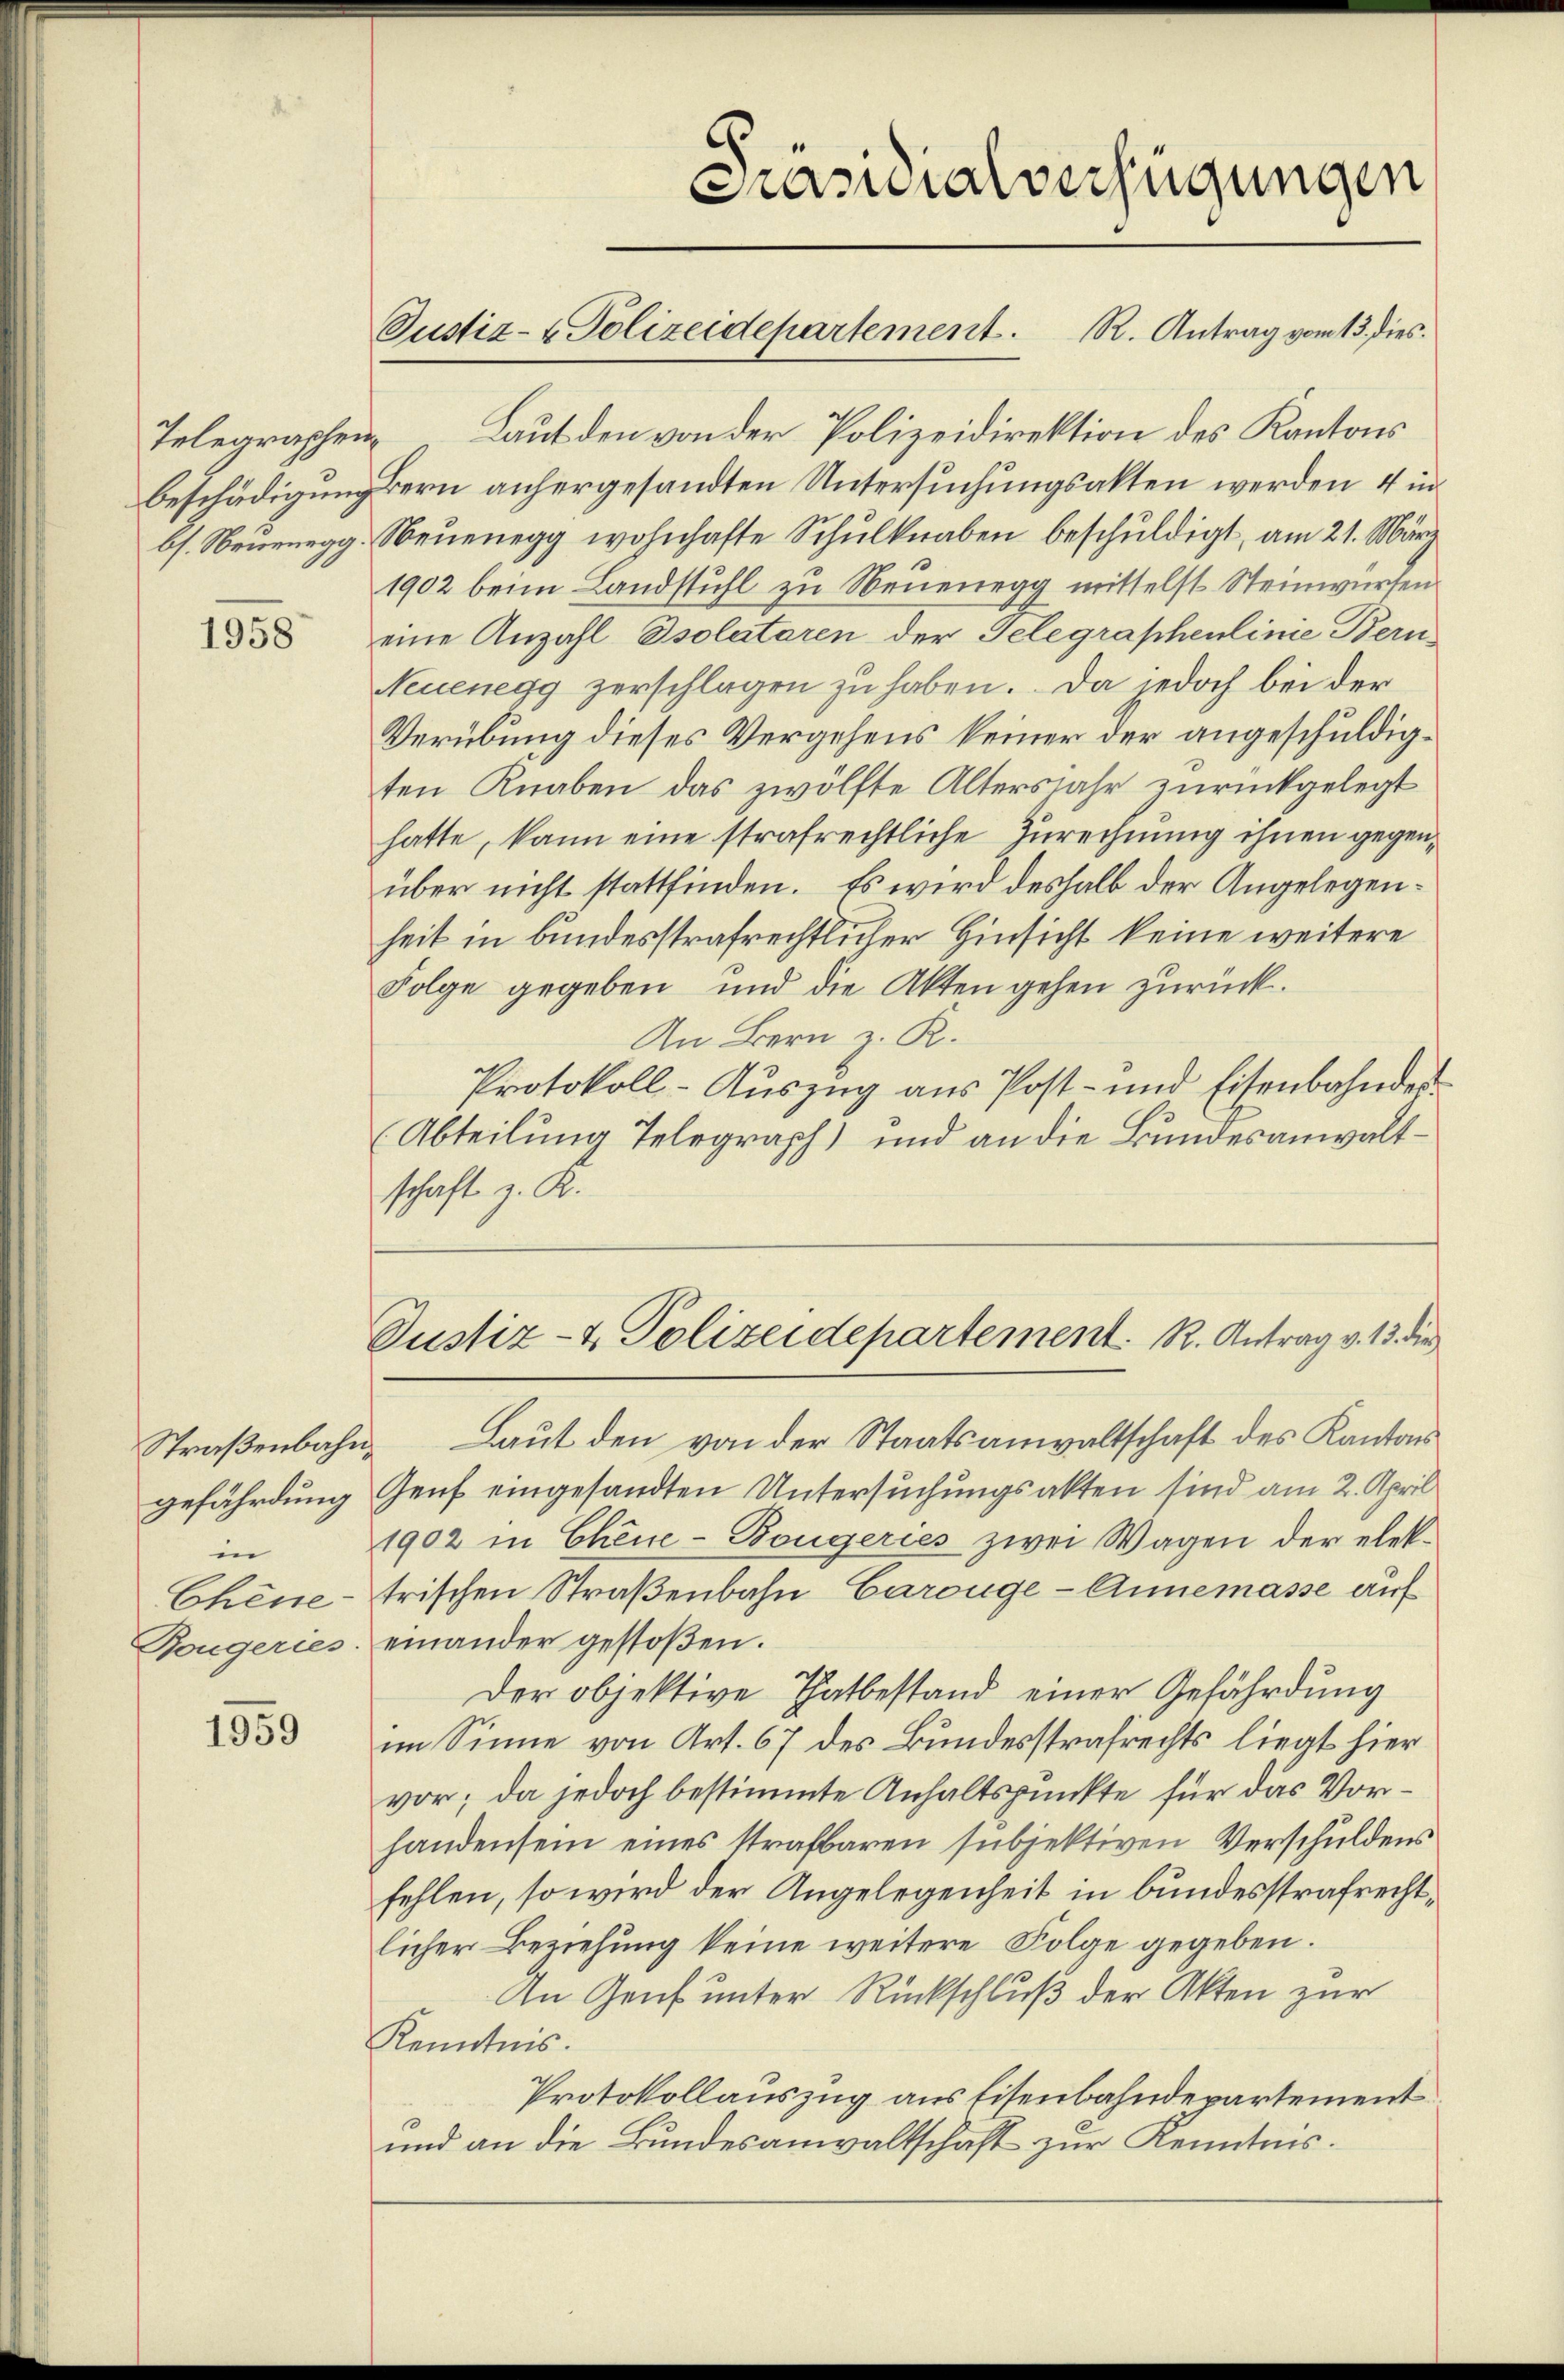
1958

Straßenbahngefährdung
in
Chene
Bougeries.

1959

Telegraphen Laut den von der Polizeidirektion des Kantons
Beschädigung bern anhergesandten Untersuchungsakten werden 4 in
bs. Neuenegg, Neuenegg wohnhafte Schulknaben beschuldigt, am 21. März
1902 beim Landstuhl zu Neuenegg mittelst Steinwürfen
eine Anzahl solatoren der Telegraphenlinie Bern
Neuenegg zerschlagen zu haben. Da jedoch bei der
Verübung dieses Vergehens keiner der angeschuldigten Knaben das zwölfte Altersjahr zurückgelegt
hatte, kann eine strafrechtliche Zurechnung ihnen gegenüber nicht stattfinden. Es wird deshalb der Angelegenheit in bundesstrafrechtlicher Hinsicht keine weitere
Folge gegeben, und die Akten gehen zurück.
An Bern z. R.
Protokoll-Auszug aus Post- und Eisenbahnder
Abteilung Telegraph) und an die Bundesanwaltschaft z. K.

Präsidialverfügungen

Justiz- & Polizeidepartement. R. Antrag vom 13. dies

Justiz- & Polizeidepartement. R. Antrag v. 13. die

Laut den von der Staatsanwaltschaft des Kantons
Genf eingesandten Untersuchungsakten sind am 2. April
1902 in Chene - Bougeries zwei Wagen der elektrischen Straßenbahn Carouge - Annemasse auf
einander gestoβen.
Der objektive Thatbestand einer Gefährdung
im Sinne von Art. 67 des Bundesstrafrechts liegt hier
vor; da jedoch bestimmte Anhaltspunkte für das Vorhandensein eines strafbaren subjektiven Verschuldens
fehlen, so wird der Angelegenheit in bundesstrafrechtlicher Beziehung keine weitere Folge gegeben.
An Genf unter Rückschluß der Akten zur
Kenntnis.
Protokollauszug aus Eisenbahndepartement
und an die Bundesanwaltschaft zur Kenntnis.